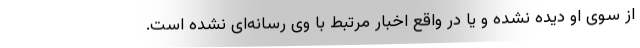
از سوی او دیده نشده و یا در واقع اخبار مرتبط با وی رسانه‌ای نشده است.